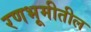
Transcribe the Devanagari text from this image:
रणभूमीतील